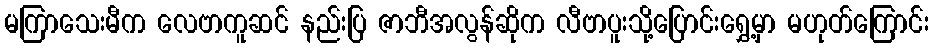
မကြာသေးမီက လေဗာကူဆင် နည်းပြ ဇာဘီအလွန်ဆိုက လီဗာပူးသို့ပြောင်းရွှေ့မှာ မဟုတ်ကြောင်း